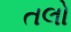
તલો